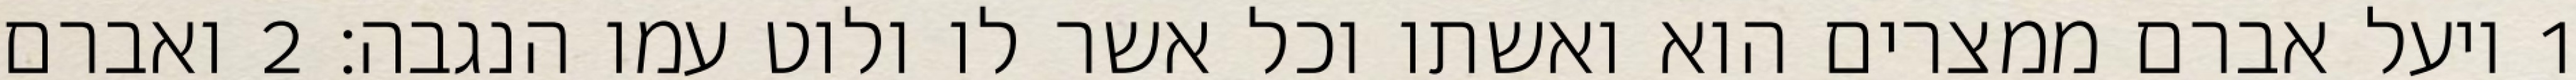
1 ויעל אברם ממצרים הוא ואשתו וכל אשר לו ולוט עמו הנגבה׃ ‎2‏ ואברם